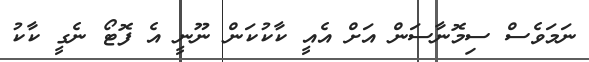
ނަމަވެސް ސިމޮނާސަން އަށް އެއީ ކާކުކަން ނޫނީ އެ ފޮޓޯ ނެގީ ކާކު